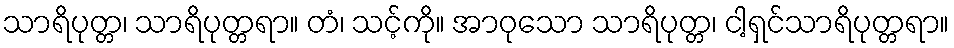
သာရိပုတ္တ၊ သာရိပုတ္တရာ။ တံ၊ သင့်ကို။ အာဝုသော သာရိပုတ္တ၊ ငါ့ရှင်သာရိပုတ္တရာ။